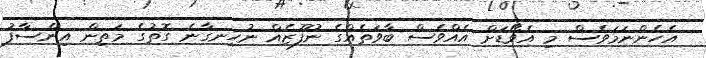
އެހެންނަމަވެސް މި އެވޯޑަށް އެއްވެސް ބާވަތެއްގެ ނުފޫޒެއް ނުހިނގާނެ ގޮތުގެ މަތިން އިންސާފު